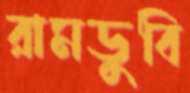
রামডুবি